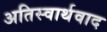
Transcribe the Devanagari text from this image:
अतिस्वार्थवाद